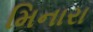
મિનારા